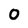
Character: 0